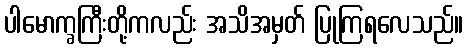
ပါမောက္ခကြီးတို့ကလည်း အသိအမှတ် ပြုကြရလေသည်။